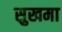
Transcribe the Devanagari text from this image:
सुखमा